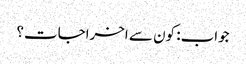
جواب: کون سے اخراجات؟